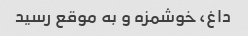
داغ، خوشمزه و به موقع رسید